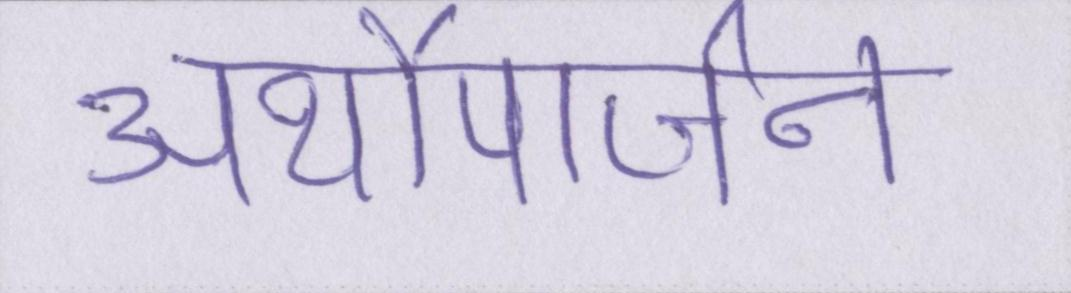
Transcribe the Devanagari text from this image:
अर्थोपार्जन